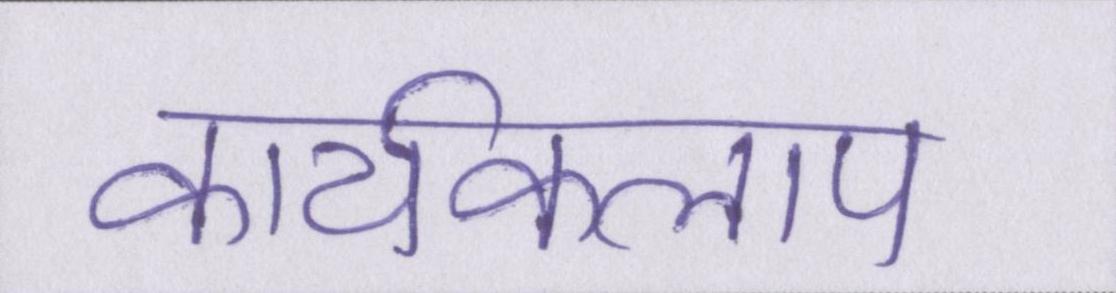
कार्यकलाप